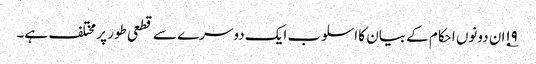
۱۹؂ان دونوں احکام کے بیان کا اسلوب ایک دوسرے سے قطعی طور پر مختلف ہے۔